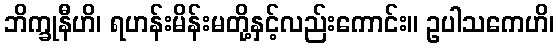
ဘိက္ခုနီဟိ၊ ရဟန်းမိန်းမတို့နှင့်လည်းကောင်း။ ဥပါသကေဟိ၊